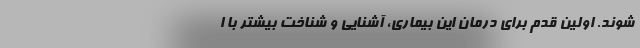
شوند. اولین قدم برای درمان این بیماری،‌ آشنایی و شناخت بیشتر با ا